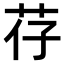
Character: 𫇱